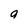
Character: a